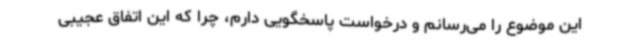
این موضوع را می‌رسانم و درخواست پاسخگویی دارم، چرا که این اتفاق عجیبی